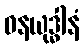
ဓနယုဒ္ဓါနံ